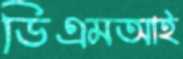
ডিএমআই